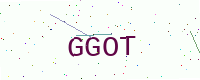
Text: GGOT